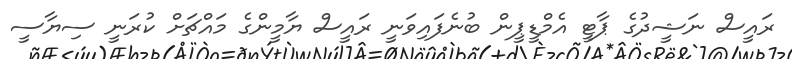
ރައީސް ނަޝީދުގެ ޕާޓީ އެމްޑީޕީން ބުނެފައިވަނީ ރައީސް ޔާމީންގެ މައްޗަށް ކުރަނީ ސިޔާސީ